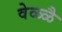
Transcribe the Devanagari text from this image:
वेळ्ळै